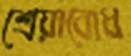
শ্রেয়াবোধ